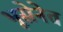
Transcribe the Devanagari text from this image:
भूसेनेत